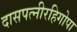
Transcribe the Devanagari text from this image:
दासपत्नीरहिगोपा